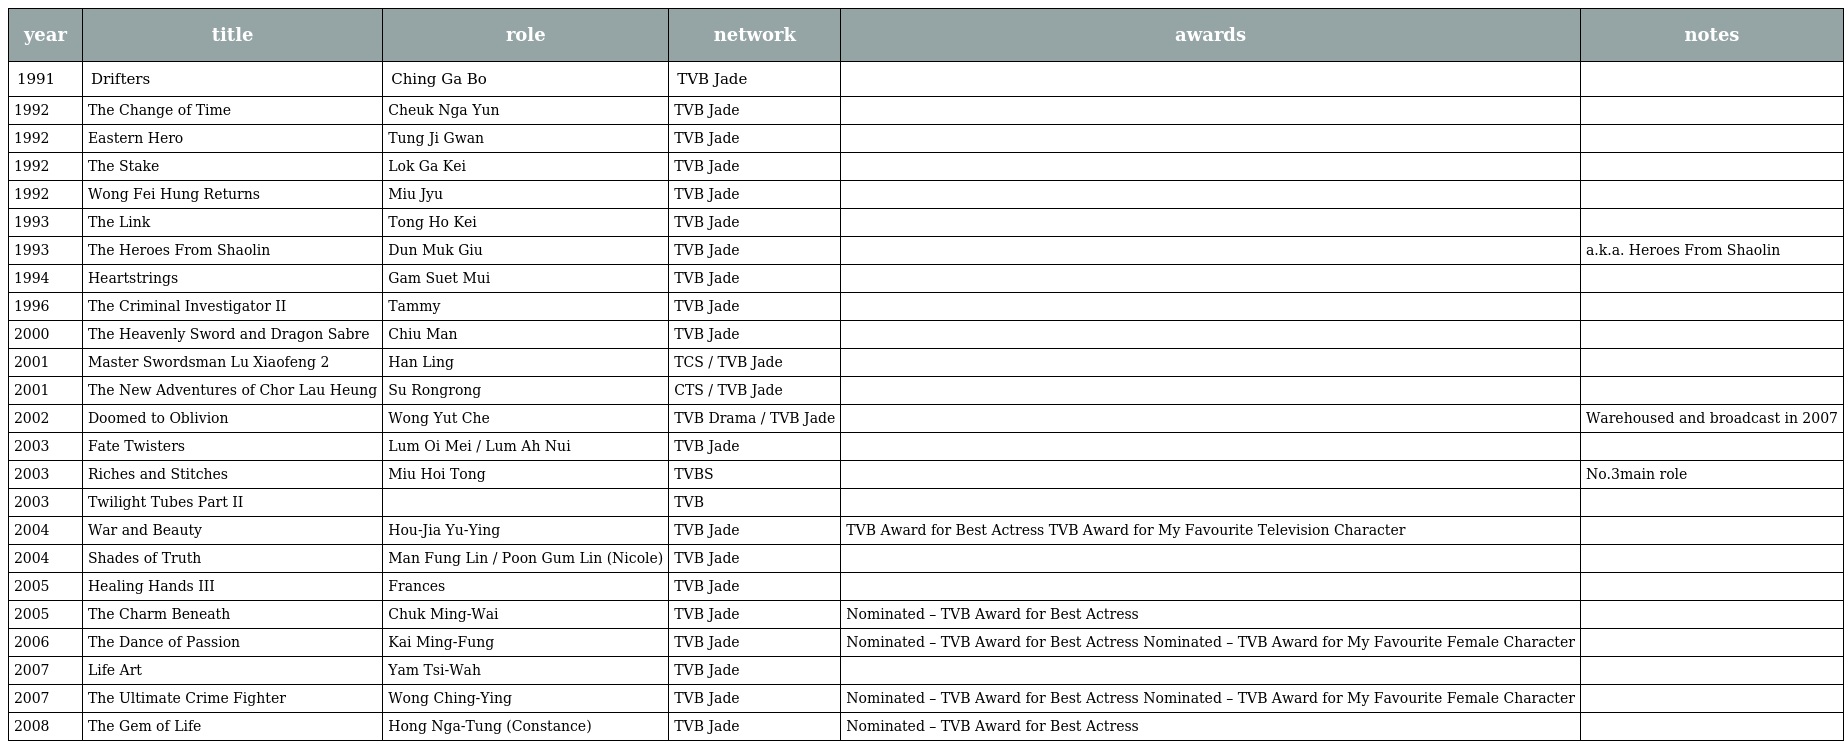
| year | title | role | network | awards | notes |
 | --- | --- | --- | --- | --- | --- |
 | 1991 | Drifters | Ching Ga Bo | TVB Jade |  |  |
 | 1992 | The Change of Time | Cheuk Nga Yun | TVB Jade |  |  |
 | 1992 | Eastern Hero | Tung Ji Gwan | TVB Jade |  |  |
 | 1992 | The Stake | Lok Ga Kei | TVB Jade |  |  |
 | 1992 | Wong Fei Hung Returns | Miu Jyu | TVB Jade |  |  |
 | 1993 | The Link | Tong Ho Kei | TVB Jade |  |  |
 | 1993 | The Heroes From Shaolin | Dun Muk Giu | TVB Jade |  | a.k.a. Heroes From Shaolin |
 | 1994 | Heartstrings | Gam Suet Mui | TVB Jade |  |  |
 | 1996 | The Criminal Investigator II | Tammy | TVB Jade |  |  |
 | 2000 | The Heavenly Sword and Dragon Sabre | Chiu Man | TVB Jade |  |  |
 | 2001 | Master Swordsman Lu Xiaofeng 2 | Han Ling | TCS / TVB Jade |  |  |
 | 2001 | The New Adventures of Chor Lau Heung | Su Rongrong | CTS / TVB Jade |  |  |
 | 2002 | Doomed to Oblivion | Wong Yut Che | TVB Drama / TVB Jade |  | Warehoused and broadcast in 2007 |
 | 2003 | Fate Twisters | Lum Oi Mei / Lum Ah Nui | TVB Jade |  |  |
 | 2003 | Riches and Stitches | Miu Hoi Tong | TVBS |  | No.3main role |
 | 2003 | Twilight Tubes Part II |  | TVB |  |  |
 | 2004 | War and Beauty | Hou-Jia Yu-Ying | TVB Jade | TVB Award for Best Actress TVB Award for My Favourite Television Character |  |
 | 2004 | Shades of Truth | Man Fung Lin / Poon Gum Lin (Nicole) | TVB Jade |  |  |
 | 2005 | Healing Hands III | Frances | TVB Jade |  |  |
 | 2005 | The Charm Beneath | Chuk Ming-Wai | TVB Jade | Nominated – TVB Award for Best Actress |  |
 | 2006 | The Dance of Passion | Kai Ming-Fung | TVB Jade | Nominated – TVB Award for Best Actress Nominated – TVB Award for My Favourite Female Character |  |
 | 2007 | Life Art | Yam Tsi-Wah | TVB Jade |  |  |
 | 2007 | The Ultimate Crime Fighter | Wong Ching-Ying | TVB Jade | Nominated – TVB Award for Best Actress Nominated – TVB Award for My Favourite Female Character |  |
 | 2008 | The Gem of Life | Hong Nga-Tung (Constance) | TVB Jade | Nominated – TVB Award for Best Actress |  |